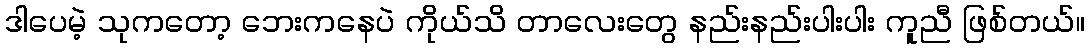
ဒါပေမဲ့ သုကတော့ ဘေးကနေပဲ ကိုယ်သိ တာလေးတွေ နည်းနည်းပါးပါး ကူညီ ဖြစ်တယ်။